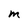
Character: m